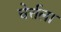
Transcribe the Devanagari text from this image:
चेर्त्तला